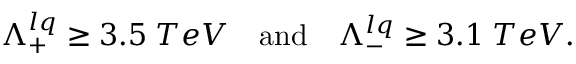
\begin{array} { l l l } { { \Lambda _ { + } ^ { l q } \geq 3 . 5 \; T e V } } & { { \mathrm { a n d } } } & { { \Lambda _ { - } ^ { l q } \geq 3 . 1 \; T e V . } } \end{array}